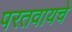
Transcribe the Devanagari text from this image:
परतवायचे